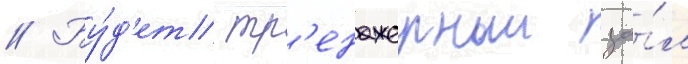
// Бу́д'ет тр'енажерныи за́л